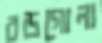
বড়গোলা